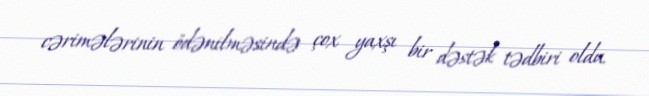
cərimələrinin ödənilməsində çox yaxşı bir dəstək tədbiri oldu.